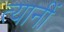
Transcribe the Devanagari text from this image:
त्यानीं